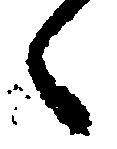
々